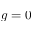
g = 0